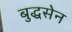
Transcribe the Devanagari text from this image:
बुद्धसेन